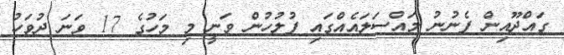
ގައްދޫއިން ފެނުނު މައްސަލައެއްގައި ފުލުހުން ވަނީ މި މަހުގެ 17 ވަނަ ދުވަހު